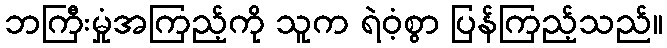
ဘကြီးမှုံအကြည့်ကို သူက ရဲဝံ့စွာ ပြန်ကြည့်သည်။